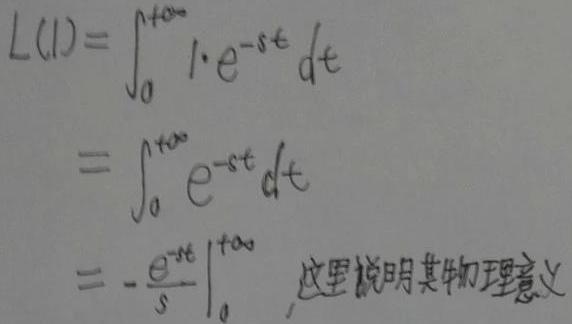
\[
\begin{align*}
L(1)&=\int_{0}^{+\infty}1\cdot e^{-st}dt\\
&=\int_{0}^{+\infty}e^{-st}dt\\
&=-\left.\frac{e^{-st}}{s}\right|_{0}^{+\infty}\quad\text{这里说明其物理意义}
\end{align*}
\]